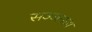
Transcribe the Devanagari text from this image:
सज्‍जनता